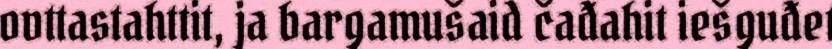
ovttastahttit, ja bargamušaid čađahit iešguđet